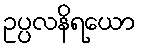
ဥပ္ပလနိရယော